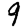
Digit: 9